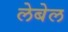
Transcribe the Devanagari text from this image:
लेबेल